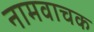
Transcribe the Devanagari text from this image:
नामवाचक